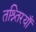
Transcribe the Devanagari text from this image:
तश्र्तिरयाँ